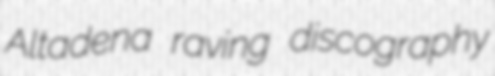
Altadena raving discography